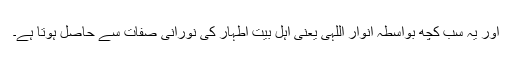
اور یہ سب کچھ بواسطہ انوار اللہی یعنی اہل بیت اطہار کی نورانی صفات سے حاصل ہوتا ہے۔